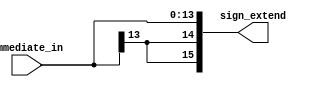
`timescale 1ns / 1ps

module sign_extend(immediate_in, sign_extend );
    input [13:0] immediate_in;
    output [15:0] sign_extend;
    /* add your design */   
    reg [15:0] sign_extend;
    always@(*)
	begin
	    sign_extend <= $signed(immediate_in);
	end
endmodule